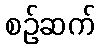
စဉ်ဆက်